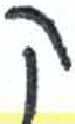
אות: ק